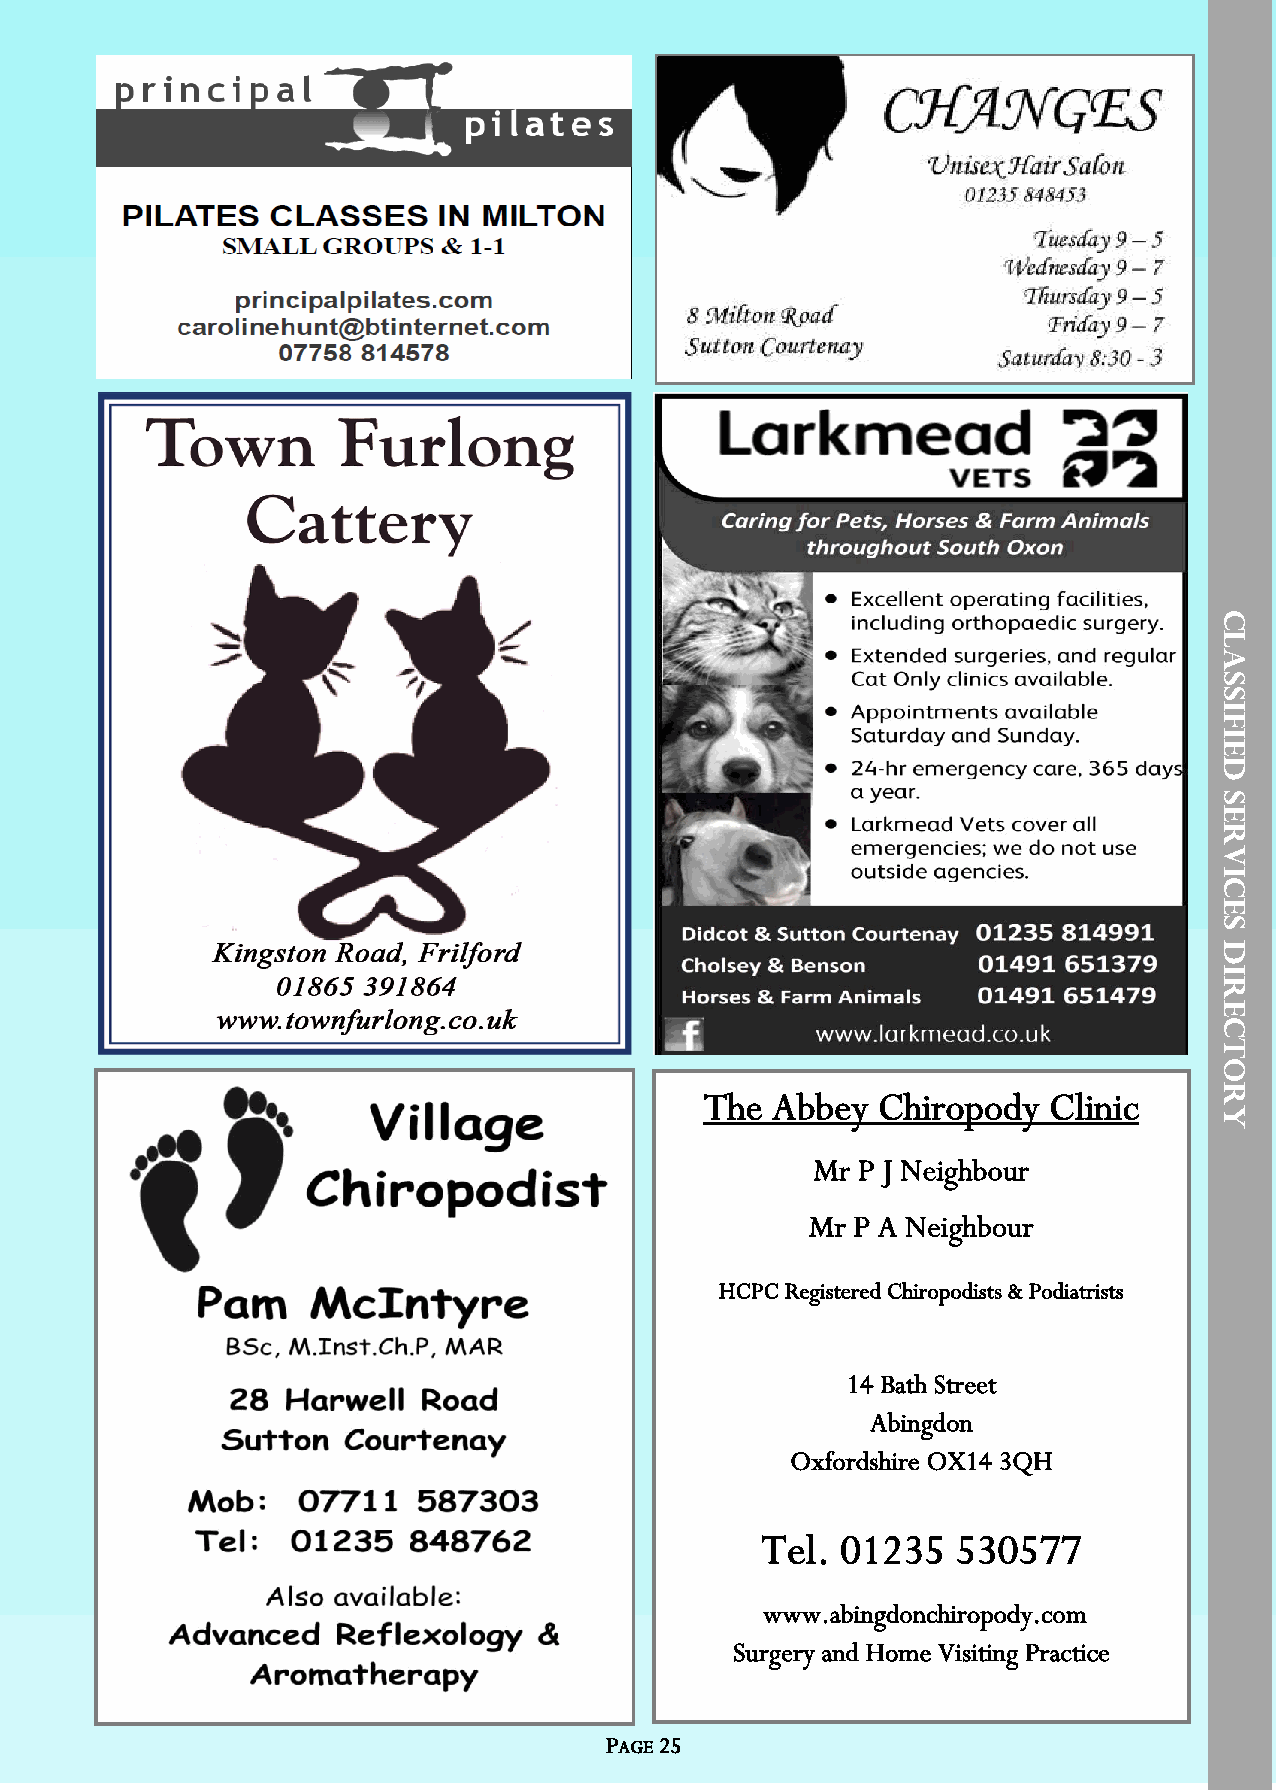
C
 L
 A
 S
 S
 I
 F
 I
 E
 D
 S
 E
 R
 V
 I
 C
 E
 S
 D
 I
 R
 E
 C
 T
 O
 R
 The Abbey  Chiropody  Clinic
 Y
 Mr P J Neighbour
 Mr P A Neighbour
 HCPC Registered Chiropodists & Podiatrists
 14 Bath Street
 Abingdon
 Oxfordshire OX14 3QH
 Tel.  01235  530577
 www.abingdonchiropody.com
 Surgery and Home Visiting Practice
 PAGE 25